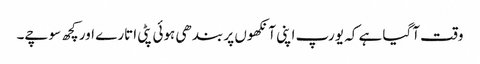
وقت آگیا ہے کہ یورپ اپنی آنکھوں پر بندھی ہوئی پٹی اتارے اور کچھ سوچے۔